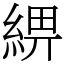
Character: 綥